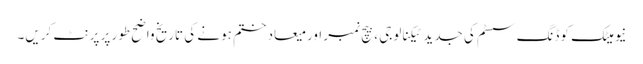
نیومیٹک کوڈنگ سسٹم کی جدید ٹیکنالوجی ، بیچ نمبر اور میعاد ختم ہونے کی تاریخ واضح طور پر پرنٹ کریں۔